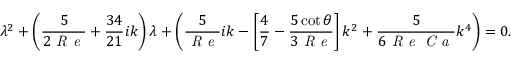
\lambda ^ { 2 } + \left( \frac { 5 } { 2 \mathrm { \textit { R e } } } + \frac { 3 4 } { 2 1 } i k \right) \lambda + \left( \frac { 5 } { \mathrm { \textit { R e } } } i k - \left[ \frac { 4 } { 7 } - \frac { 5 \cot \theta } { 3 \mathrm { \textit { R e } } } \right] k ^ { 2 } + \frac { 5 } { 6 \mathrm { \textit { R e } } \mathrm { \textit { C a } } } k ^ { 4 } \right) = 0 .